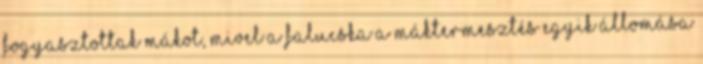
fogyasztottak mákot, mivel a falucska a máktermesztés egyik állomása